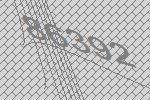
86392